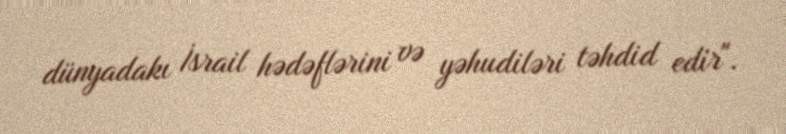
dünyadakı İsrail hədəflərini və yəhudiləri təhdid edir".